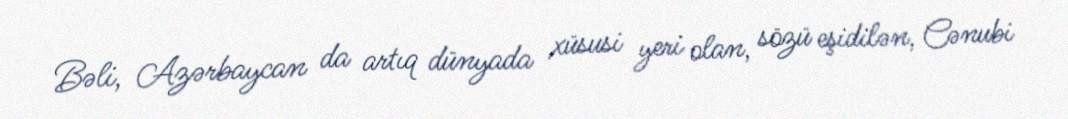
Bəli, Azərbaycan da artıq dünyada xüsusi yeri olan, sözü eşidilən, Cənubi